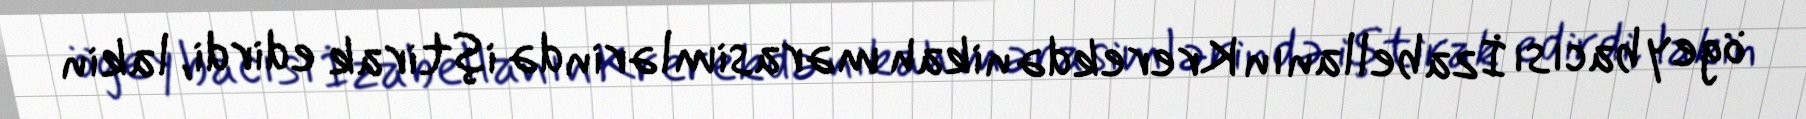
ögey bacısı İzabellanın Krerekdə nikah mərasimlərində iştirak edirdi, lakin